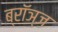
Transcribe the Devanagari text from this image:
ब्रॉञ्ज़